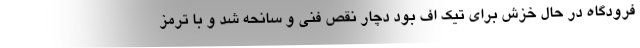
فرودگاه در حال خزش برای تیک اف بود دچار نقص فنی و سانحه شد و با ترمز